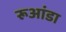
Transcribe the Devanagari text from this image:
रूआंडा